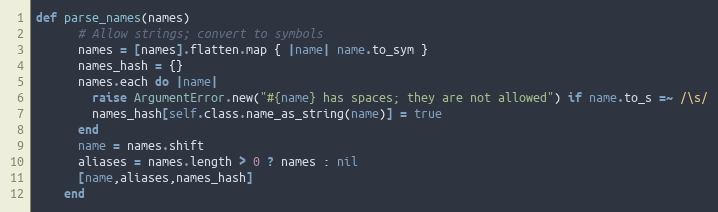
Language: Ruby
def parse_names(names)
      # Allow strings; convert to symbols
      names = [names].flatten.map { |name| name.to_sym }
      names_hash = {}
      names.each do |name|
        raise ArgumentError.new("#{name} has spaces; they are not allowed") if name.to_s =~ /\s/
        names_hash[self.class.name_as_string(name)] = true
      end
      name = names.shift
      aliases = names.length > 0 ? names : nil
      [name,aliases,names_hash]
    end